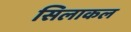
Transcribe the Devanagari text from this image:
सिलाकल